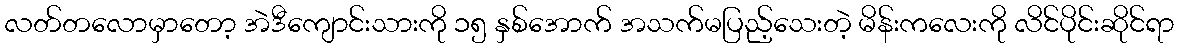
လတ်တလောမှာတော့ အဲဒီကျောင်းသားကို ၁၅ နှစ်အောက် အသက်မပြည့်သေးတဲ့ မိန်းကလေးကို လိင်ပိုင်းဆိုင်ရာ